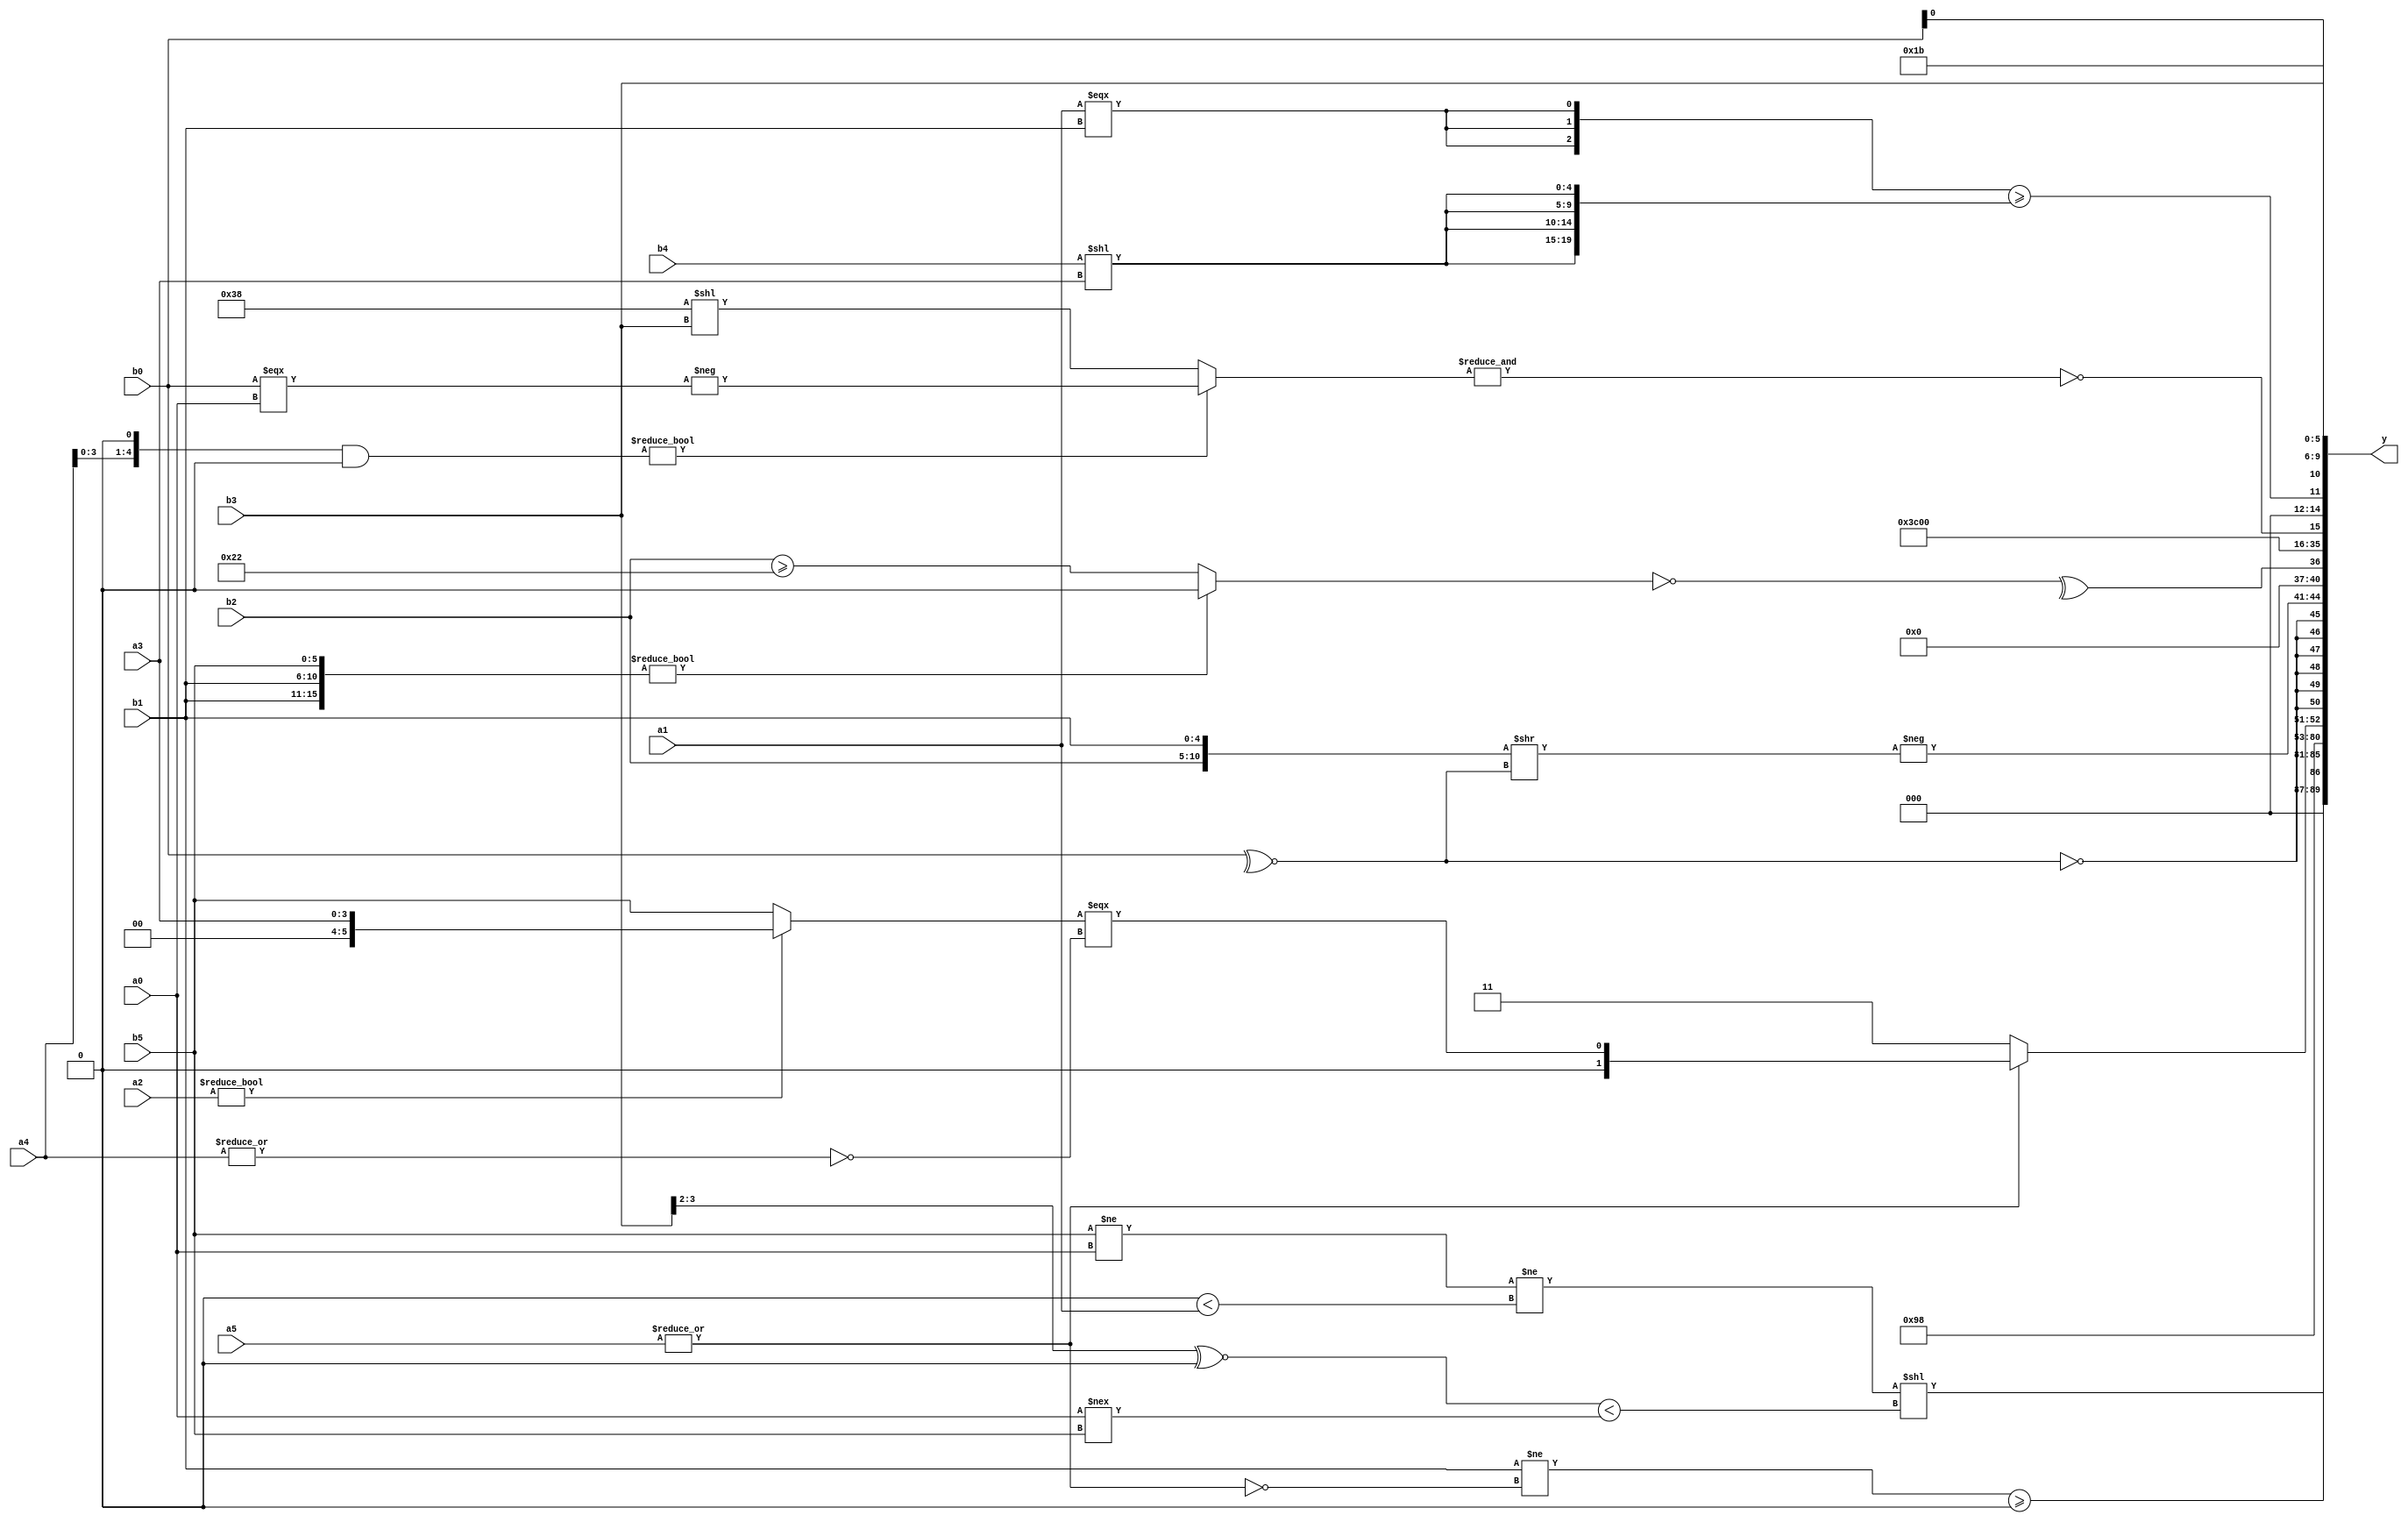
module expression_00925(a0, a1, a2, a3, a4, a5, b0, b1, b2, b3, b4, b5, y);
  input [3:0] a0;
  input [4:0] a1;
  input [5:0] a2;
  input signed [3:0] a3;
  input signed [4:0] a4;
  input signed [5:0] a5;

  input [3:0] b0;
  input [4:0] b1;
  input [5:0] b2;
  input signed [3:0] b3;
  input signed [4:0] b4;
  input signed [5:0] b5;

  wire [3:0] y0;
  wire [4:0] y1;
  wire [5:0] y2;
  wire signed [3:0] y3;
  wire signed [4:0] y4;
  wire signed [5:0] y5;
  wire [3:0] y6;
  wire [4:0] y7;
  wire [5:0] y8;
  wire signed [3:0] y9;
  wire signed [4:0] y10;
  wire signed [5:0] y11;
  wire [3:0] y12;
  wire [4:0] y13;
  wire [5:0] y14;
  wire signed [3:0] y15;
  wire signed [4:0] y16;
  wire signed [5:0] y17;

  output [89:0] y;
  assign y = {y0,y1,y2,y3,y4,y5,y6,y7,y8,y9,y10,y11,y12,y13,y14,y15,y16,y17};

  localparam [3:0] p0 = (((-3'sd2)>(-4'sd5))!==((5'd6)>>(5'd2)));
  localparam [4:0] p1 = (~|{4{((-3'sd0)&&(2'd3))}});
  localparam [5:0] p2 = (+((-3'sd0)^~(3'd3)));
  localparam signed [3:0] p3 = (|(~^{(|{(5'd15)}),{(-(2'd0))}}));
  localparam signed [4:0] p4 = {1{({2{{(5'd3)}}}-{({(-4'sd4)}||((2'sd1)>(-3'sd0)))})}};
  localparam signed [5:0] p5 = (|(~|({3{(5'sd5)}}>>>((4'sd7)<(-4'sd5)))));
  localparam [3:0] p6 = ((((5'd12)?(-3'sd2):(5'd15))==((3'd0)&&(5'd17)))?(~&(!{3{(-2'sd1)}})):(!((-2'sd1)?(4'sd4):(-5'sd4))));
  localparam [4:0] p7 = (5'd28);
  localparam [5:0] p8 = (3'sd0);
  localparam signed [3:0] p9 = {4{((-4'sd6)!==(5'sd10))}};
  localparam signed [4:0] p10 = ((6'd2 * (5'd30))?{2{(5'd24)}}:((3'd2)&&(-2'sd0)));
  localparam signed [5:0] p11 = (((4'd6)?(-4'sd0):(-5'sd14))>=(~^{3{(4'd3)}}));
  localparam [3:0] p12 = (((-3'sd1)&(-2'sd0))>=((3'sd0)<=(-2'sd0)));
  localparam [4:0] p13 = (4'sd4);
  localparam [5:0] p14 = (({(3'd0),(4'd2),(4'sd2)}<<{(5'd8),(2'd2)})^(~^({(2'd1),(2'sd1),(2'd1)}!=((-5'sd12)==(2'd3)))));
  localparam signed [3:0] p15 = {3{{4{(5'd18)}}}};
  localparam signed [4:0] p16 = ({3{(-2'sd0)}}&((6'd2 * (3'd7))<=((3'd1)-(2'sd1))));
  localparam signed [5:0] p17 = (&{{{(-(~^{(2'd0)})),(~|{(|(3'sd0))})}}});

  assign y0 = ((((b1<<p0)>>>(p16>>p3))!=$unsigned((!(|a5))))>=(!(&$unsigned($unsigned($signed((p10<p17)))))));
  assign y1 = (((~|((b5!=a0)^~(p9>p3)))!=(-(-(p11<a1))))<<(((b3>>p15)^~(p9-p9))<((a0!==b5)<<<(p5<<<p10))));
  assign y2 = {4{{4{p11}}}};
  assign y3 = (&(5'd2 * (p6&&p6)));
  assign y4 = {1{(p12<p3)}};
  assign y5 = (2'd1);
  assign y6 = {1{{4{(4'sd3)}}}};
  assign y7 = (((~|p2)?(2'sd0):(|a5))?((a2?a3:b5)===(^(~|a4))):(4'd3));
  assign y8 = $signed(((!{1{(+(~^b0))}})));
  assign y9 = (-({b2,b1}>>(|(~^b0))));
  assign y10 = {(^(~(({b1,b1,b5}>>$signed(p8))?{$signed({1{p8}})}:($unsigned(b2)>={2{p15}}))))};
  assign y11 = $unsigned((((3'd3)<=((b0?p11:p11)>>(5'd6)))));
  assign y12 = (~(|{1{{3{{3{p0}}}}}}));
  assign y13 = (-(~|$signed($signed(p1))));
  assign y14 = {(~&((((a4<<p1)&$signed(p12))?(-(b0===a0)):((6'd2 * p7)<<{p8,b3}))))};
  assign y15 = $unsigned(({3{(a1===b1)}}>={4{(b4<<a3)}}));
  assign y16 = {a4,b0,b3};
  assign y17 = {4{(3'd3)}};
endmodule